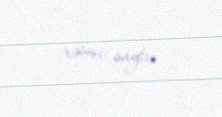
rəsmi saytı.